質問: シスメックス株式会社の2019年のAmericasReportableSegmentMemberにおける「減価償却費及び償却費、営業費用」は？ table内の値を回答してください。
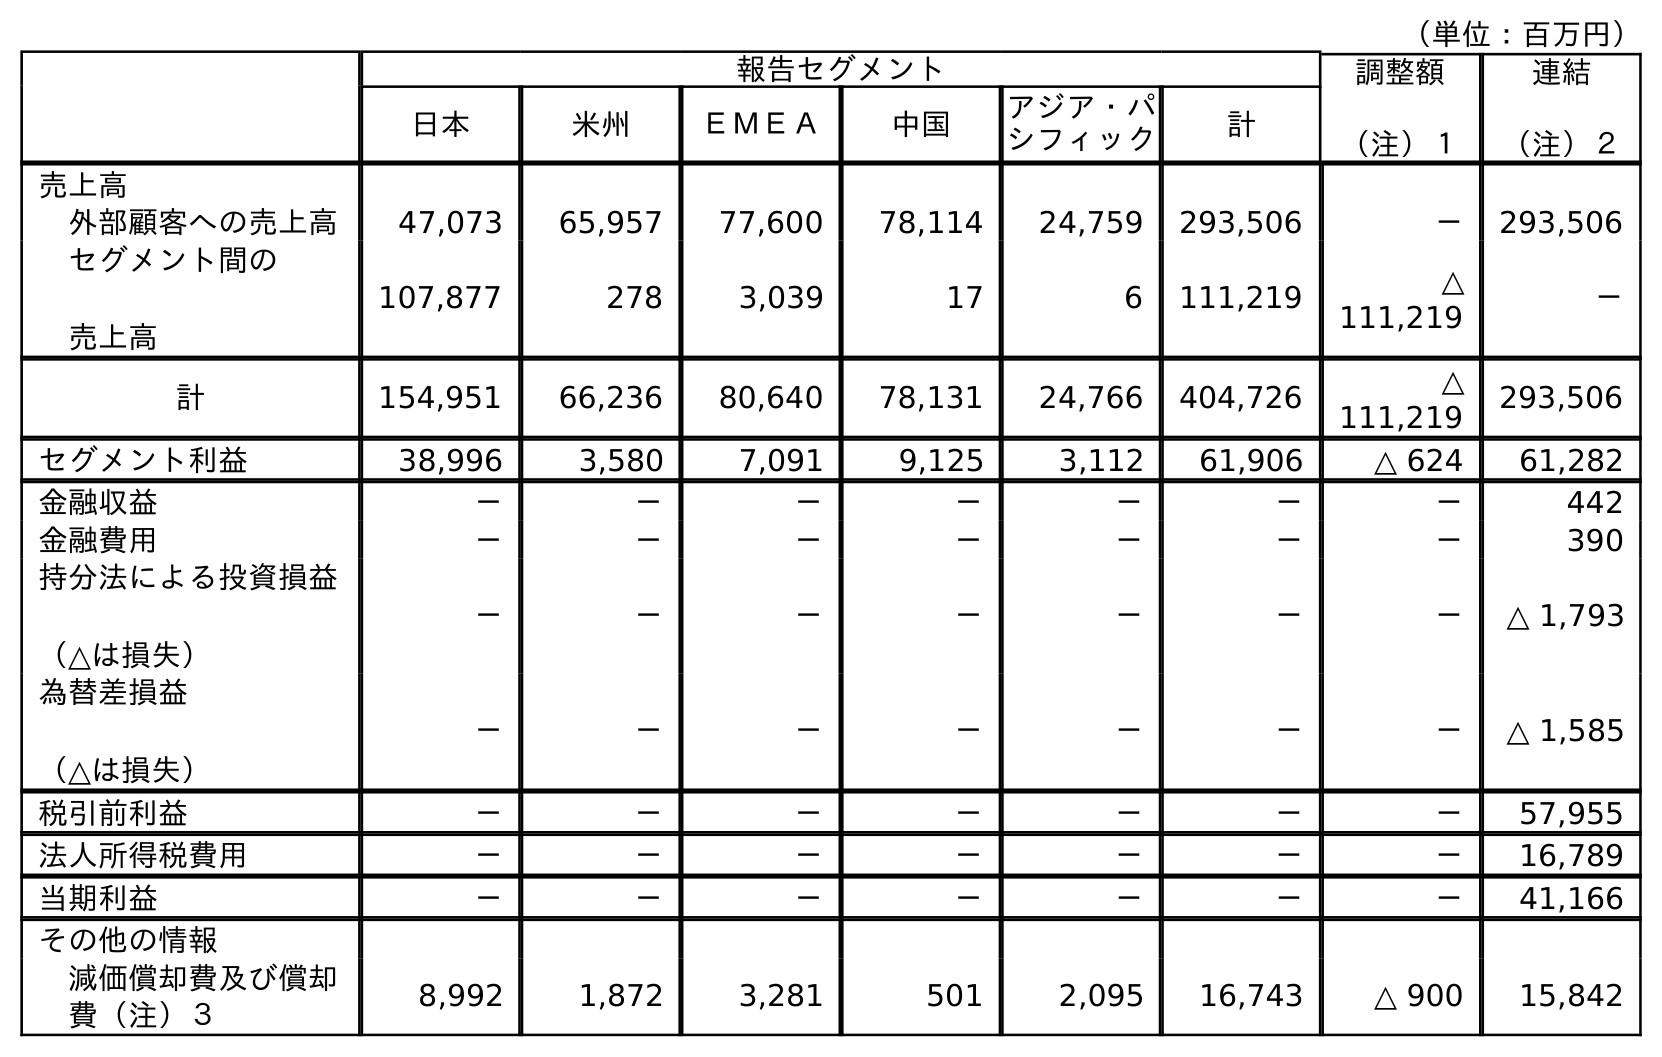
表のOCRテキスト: （単位：百万円） 報告セグメント 調整額 （注）１ 連結 （注）２ 日本 米州 ＥＭＥＡ 中国 アジア・パ シフィック 計 売上高 外部顧客への売上高 47,073 65,957 77,600 78,114 24,759 293,506 － 293,506 セグメント間の 売上高 107,877 278 3,039 17 6 111,219 △ 111,219 － 計 154,951 66,236 80,640 78,131 24,766 404,726 △ 111,219 293,506 セグメント利益 38,996 3,580 7,091 9,125 3,112 61,906 △ 624 61,282 金融収益 － － － － － － － 442 金融費用 － － － － － － － 390 持分法による投資損益 （△は損失） － － － － － － － △ 1,793 為替差損益 （△は損失） － － － － － － － △ 1,585 税引前利益 － － － － － － － 57,955 法人所得税費用 － － － － － － － 16,789 当期利益 － － － － － － － 41,166 その他の情報 減価償却費及び償却 費（注）３ 8,992 1,872 3,281 501 2,095 16,743 △ 900 15,842
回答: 1,872